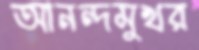
আনন্দমুখর